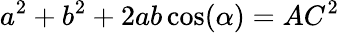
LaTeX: a^{2}+b^{2}+2ab\cos(\alpha)=AC^{2}